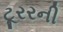
ટૂરરની